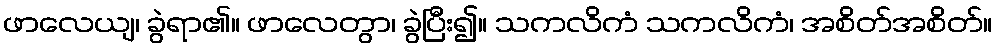
ဖာလေယျ၊ ခွဲရာ၏။ ဖာလေတွာ၊ ခွဲပြီး၍။ သကလိကံ သကလိကံ၊ အစိတ်အစိတ်။